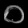
Digit: ၀